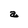
Character: a